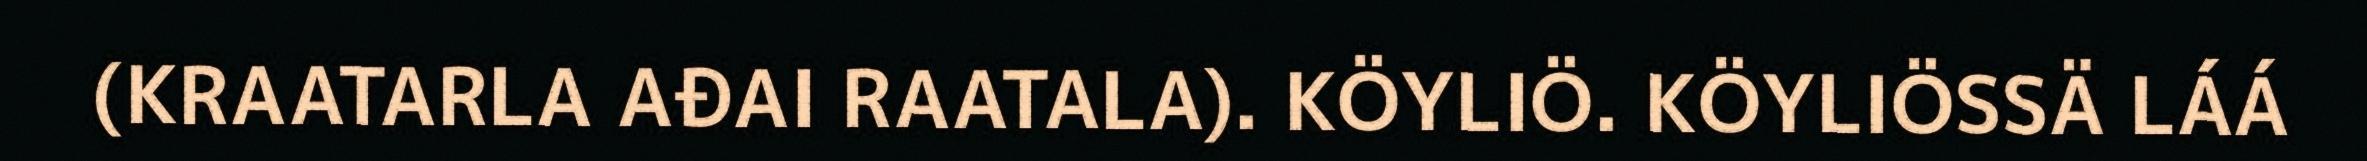
(KRAATARLA AĐAI RAATALA). KÖYLIÖ. KÖYLIÖSSÄ LÁÁ